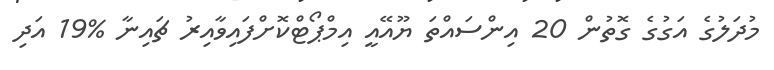
މުދަލުގެ އަގުގެ ގޮތުން 20 އިންސައްތަ ޔޫއޭއީ އިމްޕޯޓްކޮށްފައިވާއިރު ޗައިނާ %19 އަދި